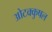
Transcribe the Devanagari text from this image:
ओटक्कुषल